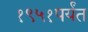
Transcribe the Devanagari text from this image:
१९५१पर्यंत